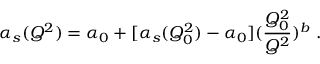
\alpha _ { s } ( Q ^ { 2 } ) = \alpha _ { 0 } + [ \alpha _ { s } ( Q _ { 0 } ^ { 2 } ) - \alpha _ { 0 } ] ( { \frac { Q _ { 0 } ^ { 2 } } { Q ^ { 2 } } } ) ^ { b } ~ .